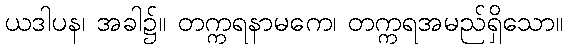
ယဒါပန၊ အခါ၌။ တက္ကရနာမကေ၊ တက္ကရအမည်ရှိသော။